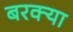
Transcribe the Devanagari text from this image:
बरक्या